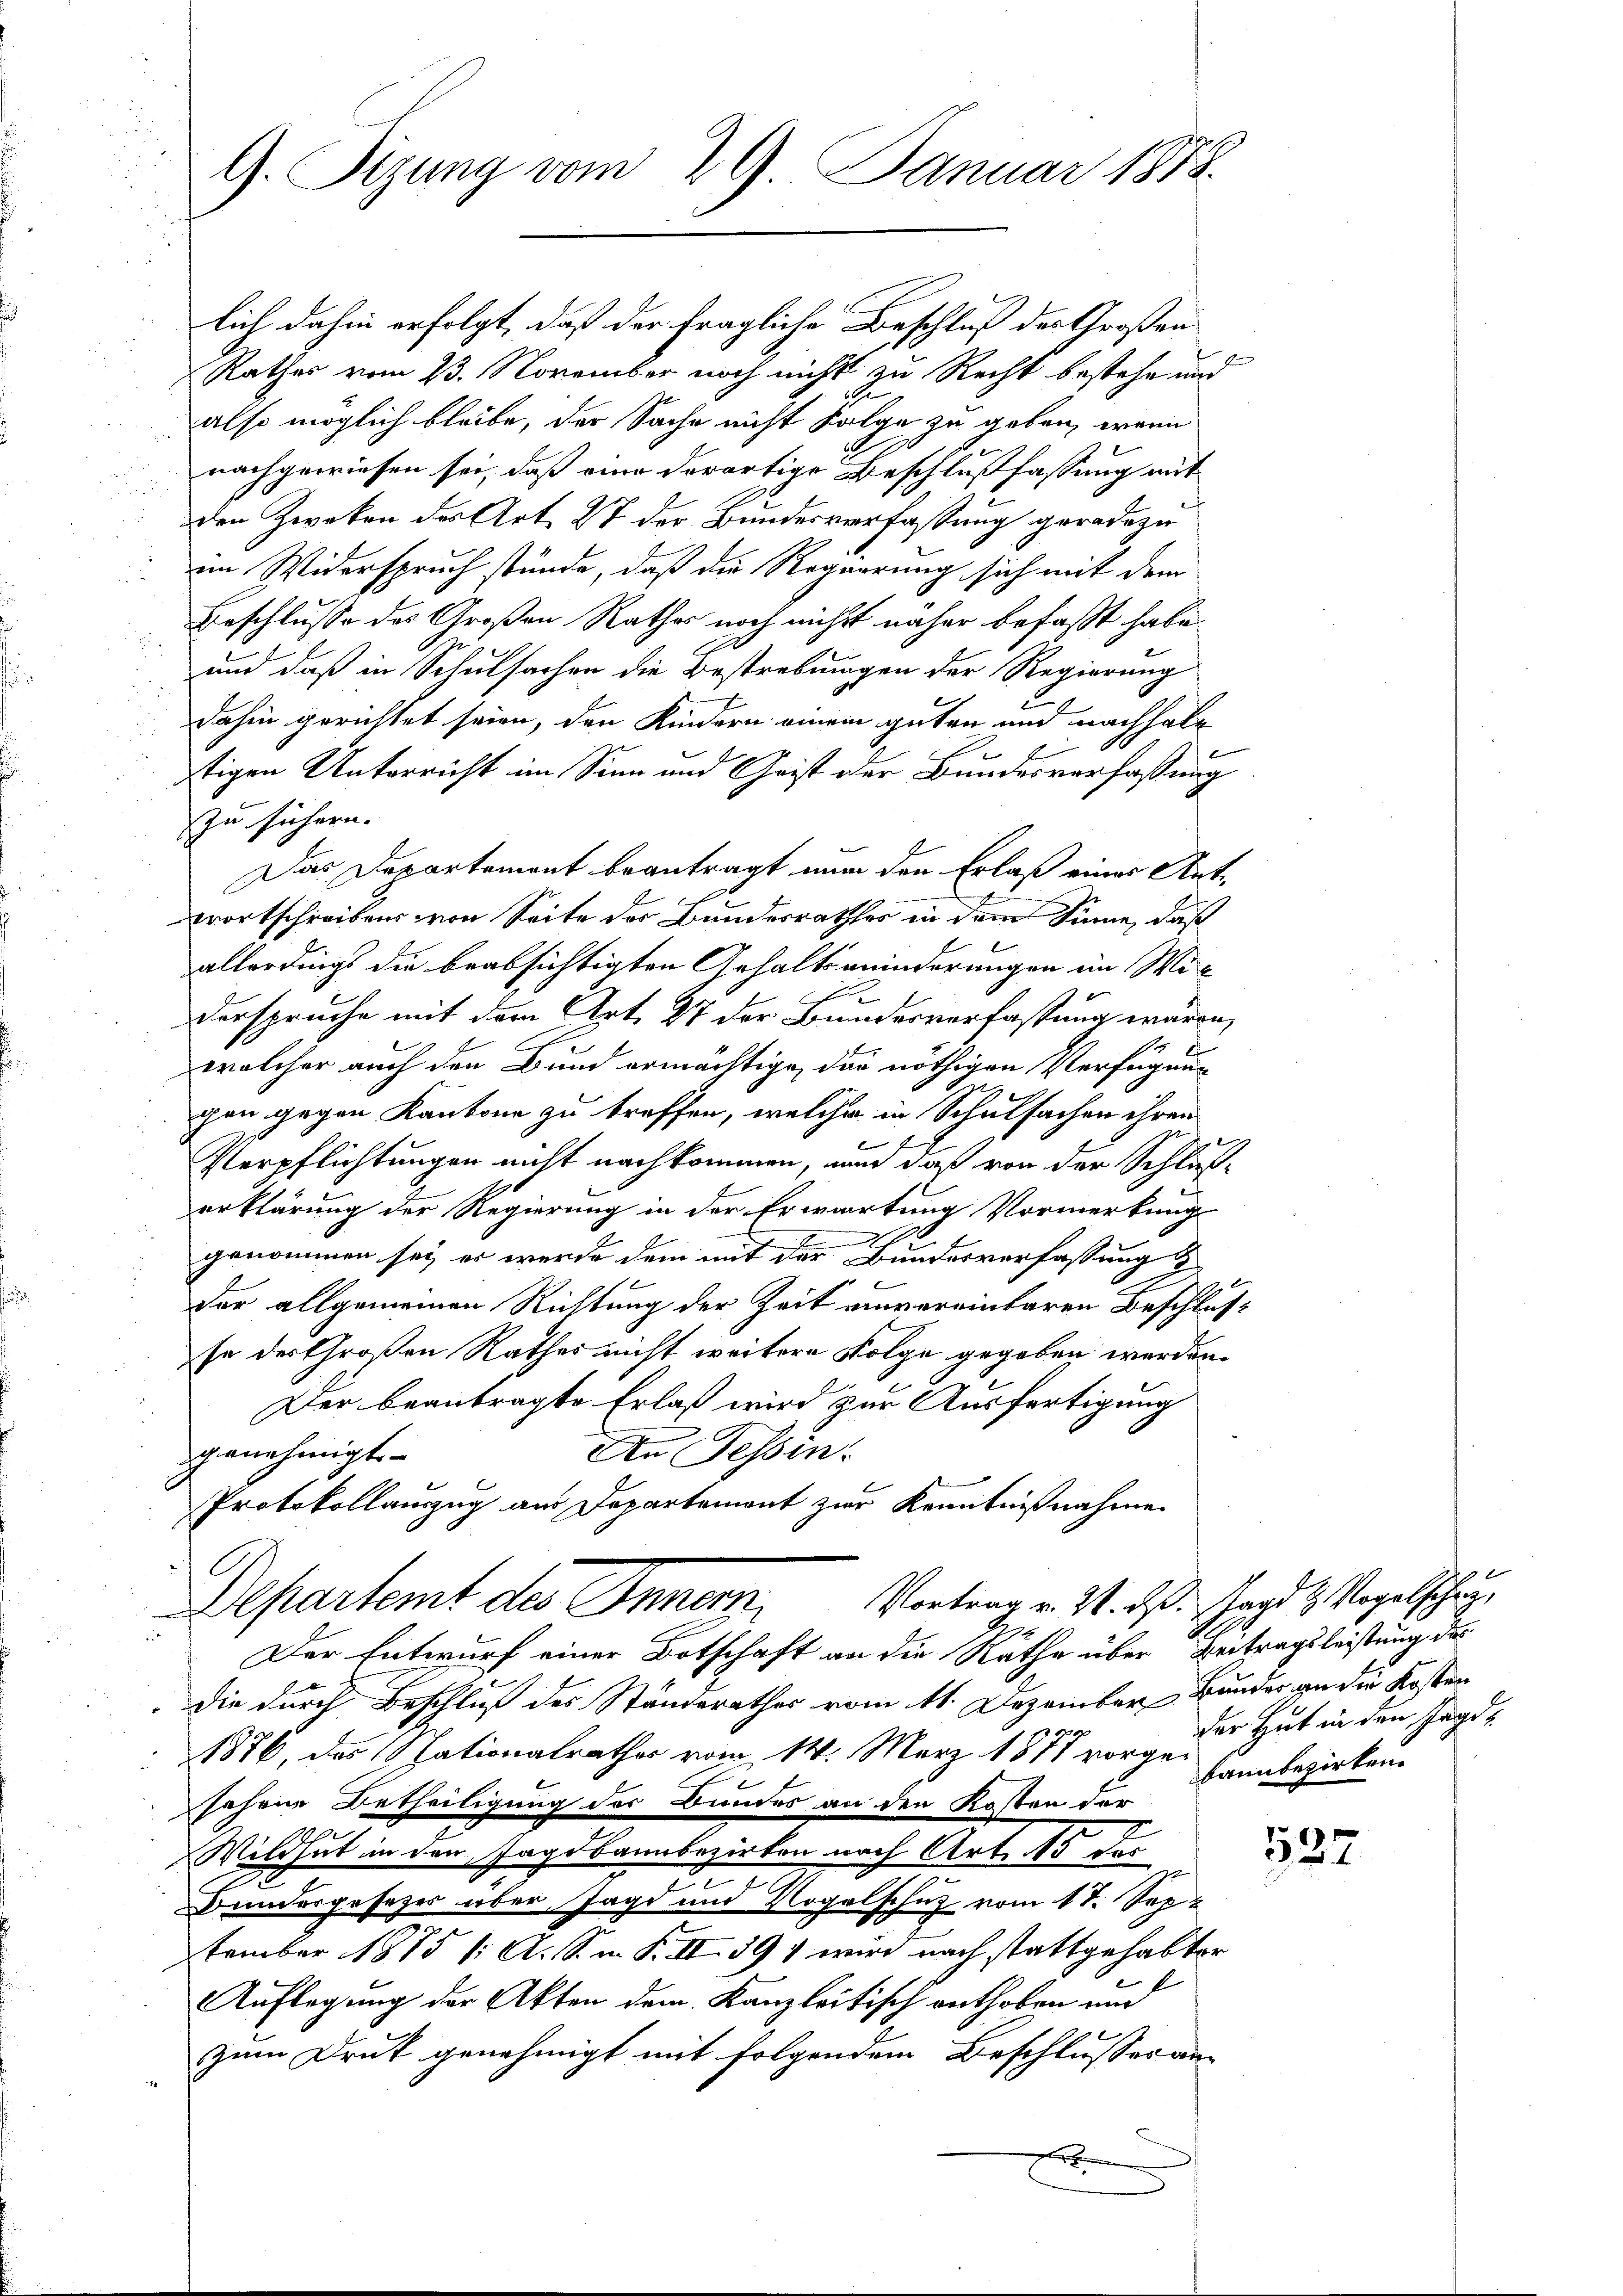
G. Tizung vom 29. Januar 1878.

lich dahin erfolgt, daß der fragliche Beschluß der Großen
Rathes vom 23. November noch nicht zu Recht bestehe und
also möglich bleibe, der Sache nicht Folge zu geben, wenn
nachgewiesen sei, daß eine dorortige Beschlußfassung mit
den Zweken des Art. 27 der Bundesverfassung gerade zu
im Widerspruch stünde, daß die Regierung sich mit dem
Beschlusse des Großen Rathes noch nicht näher befaßt habe
und daß in Schulsachen die Bestrebungen der Regierung
c
dahin gerichtet seien, den Kindern einem guten und nachhalt
stigen Unterricht im Sinn und Geist der Bundesverfassung
zu sichern.
Das Departement beantragt nun den Erlaß eines Antwortschreibens von Seite des Bundesrathes in dem Sinne, daß
allerdings die beabsichtigten Gehalt minderungen im Miderspruche mit dem Art. 27 der Bundesverfassung wären,
welcher auch den Bund ermächtige, das nöthigen Verfügung
gen gegen Kantone zu treffen, welche in Schulsachen ihren
Verpflichtungen nicht nachkommen, und daß von der Schlußerklärung der Regierung in der Erwartung Vormerkung
2
genommen sei er werde dem mit der Bundesverfassung
der allgemeinen Richtung der Zeit einvereinbaren Beschlusse des Großen Rathes nicht weitere Folge gegeben werden.
Der beantragte Erlaß wird zur Ausfertigung
An Tessin
genehmigt.
Protokollauszug aus Departement zur Kenntnißnahme
A
Departemt des Inner, Vortrag v. 21. ds. Schard & Vogelschen,
Der Entwurf einer Botschaft an die Räthe über Beitragsleistung des
die durch Beschluß des Ständerathes vom 11. Dezember Bunder an die Kosten
1876, das 19 sationalrathes vom 14. März 1877 der Hut in den Jagd-
sehene Betheiligung des Bundes an den Kosten der
Wildhut in den Jagdbannbezirken nach Art. 15 des
Bundergesezes über Jagd und Vogelschutz vom 17. Sept
tember 1875 (: A. S. n. F. II 391 wird nach stattgehabter
Auflegung der Akten dem Kanzleitisch enthoben und
zum Druk genehmigt mit folgendem Beschlusser an¬
E

kann bezirken.

1527